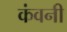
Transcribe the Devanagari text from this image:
कंवनी